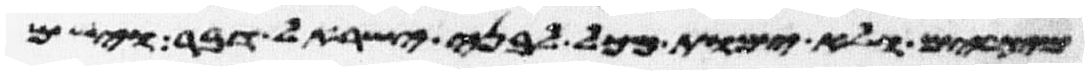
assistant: מצרים ולא ימות מכל לבני ישראל דבר וישם